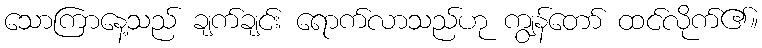
သောကြာနေ့သည် ချက်ချင်း ရောက်လာသည်ဟု ကျွန်တော် ထင်လိုက်၏။